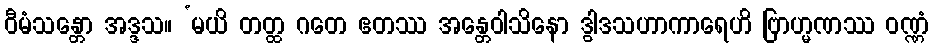
ဝီမံသန္တော အဒ္ဒသ။ ‘မယိ တတ္ထ ဂတေ ဧတဿ အန္တေဝါသိနော ဒွါဒသဟာကာရေဟိ ဗြာဟ္မဏဿ ဝဏ္ဏံ